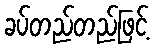
ခပ်တည်တည်ဖြင့်